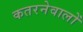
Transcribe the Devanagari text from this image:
कतरनेवालों